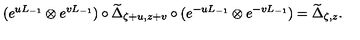
( e ^ { u L _ { - 1 } } \otimes e ^ { v L _ { - 1 } } ) \circ { \widetilde \Delta } _ { \zeta + u , z + v } \circ ( e ^ { - u L _ { - 1 } } \otimes e ^ { - v L _ { - 1 } } ) = { \widetilde \Delta } _ { \zeta , z } .